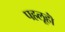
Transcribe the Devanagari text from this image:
पहलूहॊं